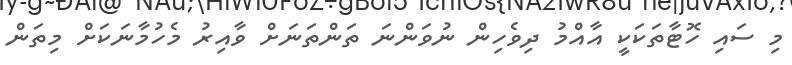
މި ސައި ހޮޓާތަކަކީ އާއްމު ދިވެހިން ނުވަންނަ ތަންތަނަށް ވާއިރު މެހުމާނަކަށް މިތަން